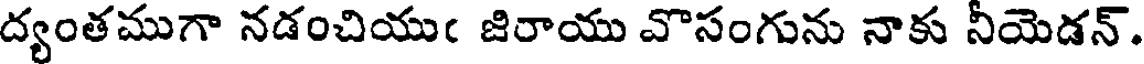
ద్యంతముగా నడంచియుఁ జిరాయు వొసంగును నాకు నీయెడన్.